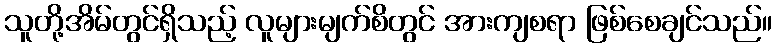
သူတို့အိမ်တွင်ရှိသည့် လူများမျက်စိတွင် အားကျစရာ ဖြစ်စေချင်သည်။